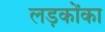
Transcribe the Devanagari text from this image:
लड़कोंका